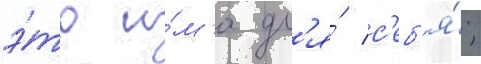
э́то и́м'я дл'я́ с'еб'я́;